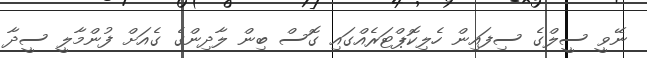
ނޭވީ ސީލްގެ ސިފައިން ހެލިކޮޕްޓަރެއްގައި ގޮސް ބިން ލާދިންގެ ގެއަށް ފުންމާލީ ސީދާ